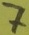
Text: 7